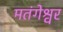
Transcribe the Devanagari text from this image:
मतंगेश्वर